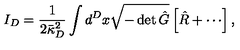
I _ { D } = \frac { 1 } { 2 \bar { \kappa } _ { D } ^ { 2 } } \int d ^ { D } x \sqrt { - \det \hat { G } } \left[ { \hat { R } } + \cdots \right] ,